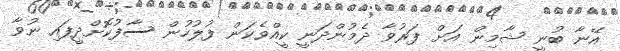
އޭނާ ބުނީ ޝާމިން އަށް ފަރުވާ ދެމުންދަނީ ކީއްވެކަން ފުލުހުން ސާފުކޮށްދީފައި ނުވާ